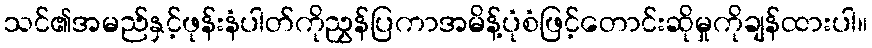
သင်၏အမည်နှင့်ဖုန်းနံပါတ်ကိုညွှန်ပြကာအမိန့်ပုံစံဖြင့်တောင်းဆိုမှုကိုချန်ထားပါ။